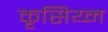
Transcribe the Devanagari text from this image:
कृसिय्न